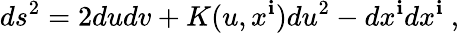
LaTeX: ds^{2}=2dudv+K(u,x^{\mathbf{i}})du^{2}-dx^{\mathbf{i}}dx^{\mathbf{i}}\ ,